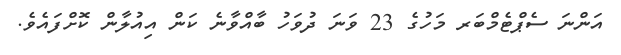
އަންނަ ސެޕްޓެމްބަރ މަހުގެ 23 ވަނަ ދުވަހު ބާއްވާނެ ކަން އިއުލާން ކޮށްފައެވެ.